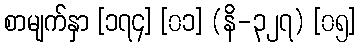
စာမျက်နှာ [၁၇၄] [၀၁] (နိ-၃၂၇) [၀၅]